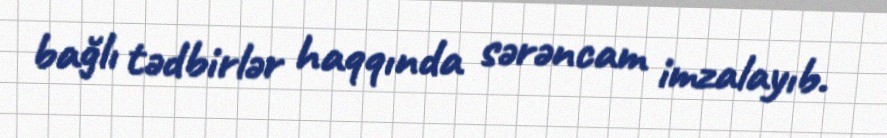
bağlı tədbirlər haqqında sərəncam imzalayıb.